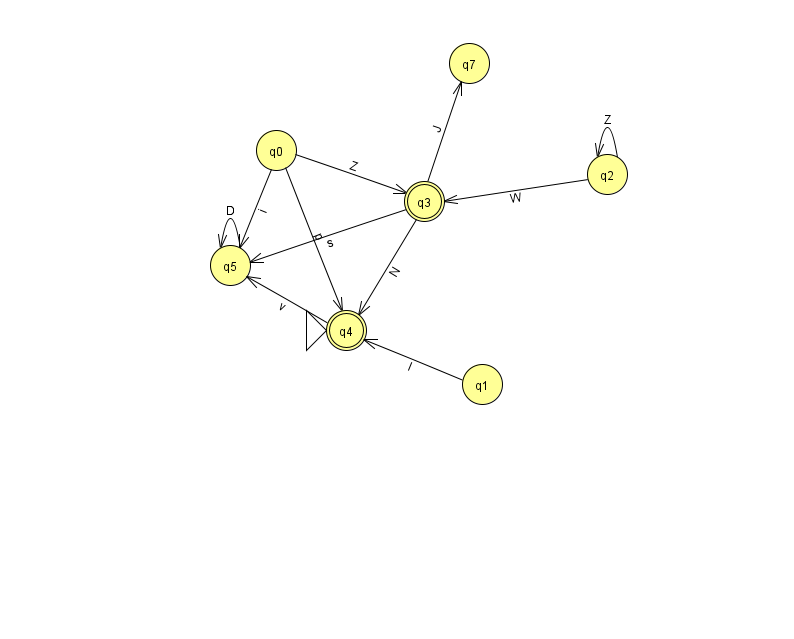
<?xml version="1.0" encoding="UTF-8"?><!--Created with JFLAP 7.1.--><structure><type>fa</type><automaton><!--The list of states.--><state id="0" name="q0"><x>276.0</x><y>137.0</y></state><state id="1" name="q1"><x>482.0</x><y>371.0</y></state><state id="2" name="q2"><x>607.0</x><y>161.0</y></state><state id="3" name="q3"><x>424.0</x><y>188.0</y><final/></state><state id="4" name="q4"><x>346.0</x><y>317.0</y><initial/><final/></state><state id="5" name="q5"><x>230.0</x><y>252.0</y></state><state id="7" name="q7"><x>469.0</x><y>50.0</y></state><!--The list of transitions.--><transition><from>3</from><to>5</to><read>s</read></transition><transition><from>3</from><to>7</to><read>J</read></transition><transition><from>5</from><to>5</to><read>D</read></transition><transition><from>1</from><to>4</to><read>l</read></transition><transition><from>3</from><to>4</to><read>N</read></transition><transition><from>0</from><to>3</to><read>Z</read></transition><transition><from>0</from><to>5</to><read>i</read></transition><transition><from>2</from><to>2</to><read>Z</read></transition><transition><from>0</from><to>4</to><read>p</read></transition><transition><from>2</from><to>3</to><read>W</read></transition><transition><from>4</from><to>5</to><read>v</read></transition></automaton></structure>